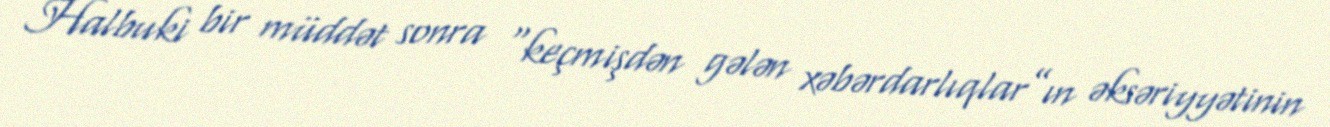
Halbuki bir müddət sonra “keçmişdən gələn xəbərdarlıqlar”ın əksəriyyətinin